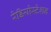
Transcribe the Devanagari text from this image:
रेडियोस्टेशन